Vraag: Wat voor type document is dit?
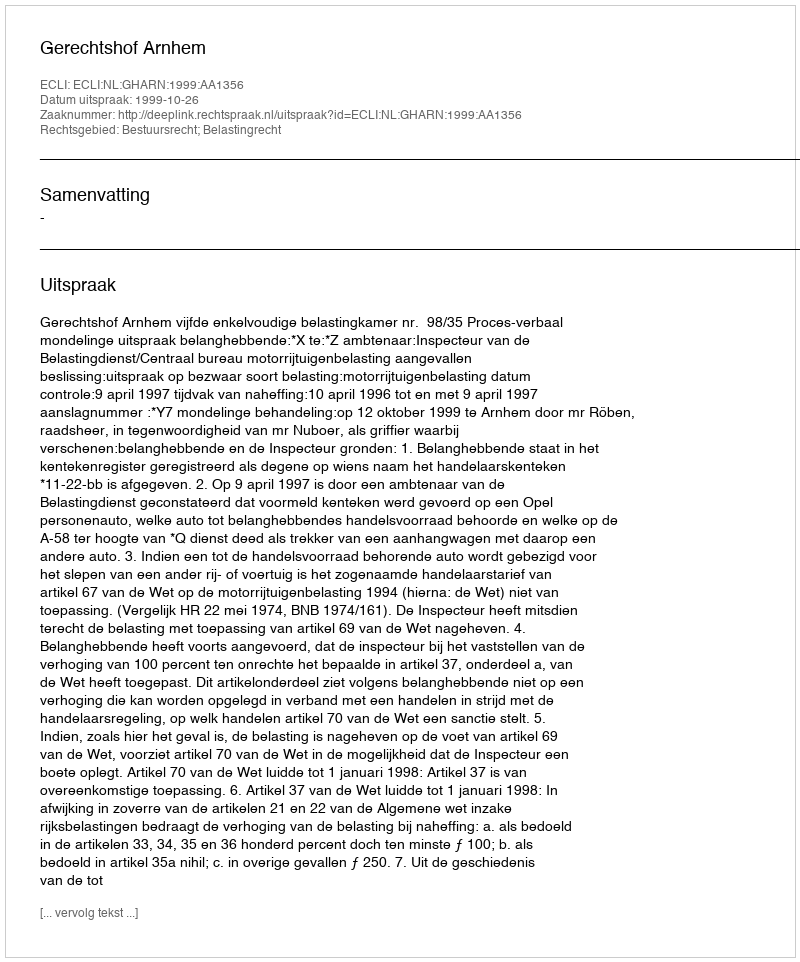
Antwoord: Uitspraak